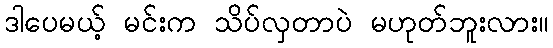
ဒါပေမယ့် မင်းက သိပ်လှတာပဲ မဟုတ်ဘူးလား။